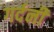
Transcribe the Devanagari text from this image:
गर्दनी